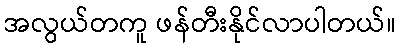
အလွယ်တကူ ဖန်တီးနိုင်လာပါတယ်။